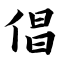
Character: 倡